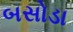
બસોડા